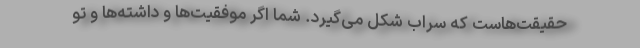
حقیقت‌هاست که سراب شکل می‌گیرد. شما اگر موفقیت‌ها و داشته‌ها و تو